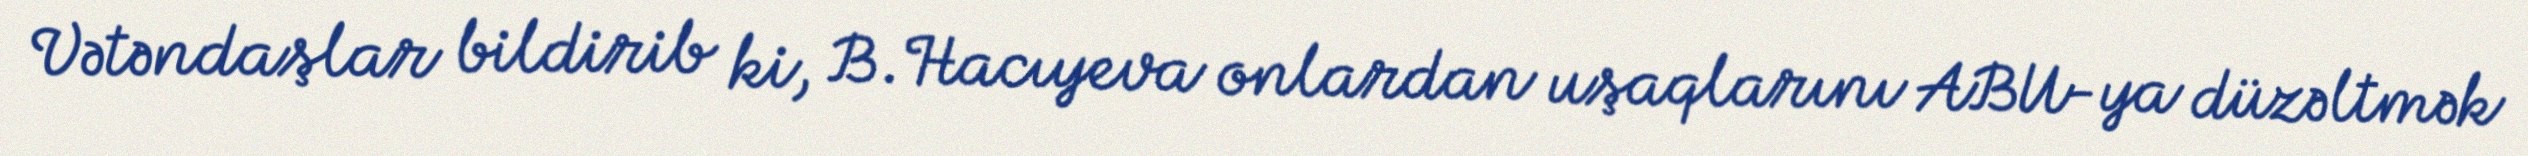
Vətəndaşlar bildirib ki, B.Hacıyeva onlardan uşaqlarını ABU-ya düzəltmək